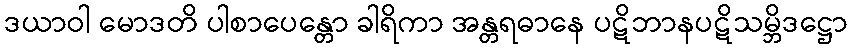
ဒယာဝါ မောဒတိ ပါစာပေန္တော ခါရိကာ အန္တရဓာနေ ပဋိဘာနပဋိသမ္ဘိဒဋ္ဌော